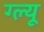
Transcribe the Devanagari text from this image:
ग्ल्यू